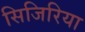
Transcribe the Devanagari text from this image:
सिजिरिया